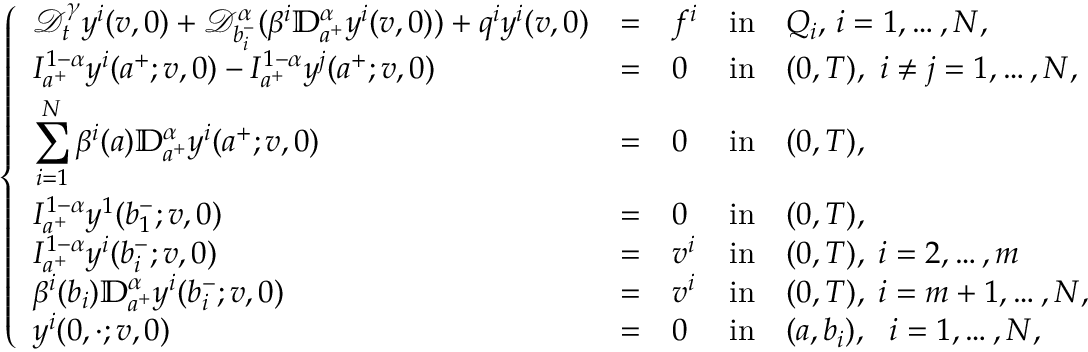
\left\{ \begin{array} { l l l l l l l l l l l l l l l l l } { \displaystyle { \mathcal D } _ { t } ^ { \gamma } y ^ { i } ( v , 0 ) + \mathcal { D } _ { b _ { i } ^ { - } } ^ { \alpha } ( \beta ^ { i } \mathbb { D } _ { a ^ { + } } ^ { \alpha } y ^ { i } ( v , 0 ) ) + q ^ { i } y ^ { i } ( v , 0 ) } & { = } & { f ^ { i } } & { \mathrm { i n } } & { Q _ { i } , \, i = 1 , \dots , N , } \\ { \displaystyle I _ { a ^ { + } } ^ { 1 - \alpha } y ^ { i } ( a ^ { + } ; v , 0 ) - I _ { a ^ { + } } ^ { 1 - \alpha } y ^ { j } ( a ^ { + } ; v , 0 ) } & { = } & { 0 } & { \mathrm { i n } } & { ( 0 , T ) , ~ i \neq j = 1 , \dots , N , } \\ { \displaystyle \sum _ { i = 1 } ^ { N } \beta ^ { i } ( a ) \mathbb { D } _ { a ^ { + } } ^ { \alpha } y ^ { i } ( a ^ { + } ; v , 0 ) } & { = } & { 0 } & { \mathrm { i n } } & { ( 0 , T ) , } \\ { \displaystyle I _ { a ^ { + } } ^ { 1 - \alpha } y ^ { 1 } ( b _ { 1 } ^ { - } ; v , 0 ) } & { = } & { 0 } & { \mathrm { i n } } & { ( 0 , T ) , } \\ { \displaystyle I _ { a ^ { + } } ^ { 1 - \alpha } y ^ { i } ( b _ { i } ^ { - } ; v , 0 ) } & { = } & { v ^ { i } } & { \mathrm { i n } } & { ( 0 , T ) , \; i = 2 , \dots , m } \\ { \displaystyle \beta ^ { i } ( b _ { i } ) \mathbb { D } _ { a ^ { + } } ^ { \alpha } y ^ { i } ( b _ { i } ^ { - } ; v , 0 ) } & { = } & { v ^ { i } } & { \mathrm { i n } } & { ( 0 , T ) , \; i = m + 1 , \dots , N , } \\ { \displaystyle y ^ { i } ( 0 , \cdot ; v , 0 ) } & { = } & { 0 } & { \mathrm { i n } } & { ( a , b _ { i } ) , ~ ~ i = 1 , \dots , N , } \end{array} \right.